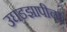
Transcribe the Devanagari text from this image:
उघडझापीचा